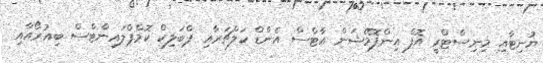
ޔުނިޓާއި މިނިސްޓްރީ އޮފް އިންފޮމޭޝަން އާޓްސް އެންޑް ކަލްޗަރާއި ޕްބަލިކް ކޮމްޕްލައިންޓްސް ބިއުރޯއާއި